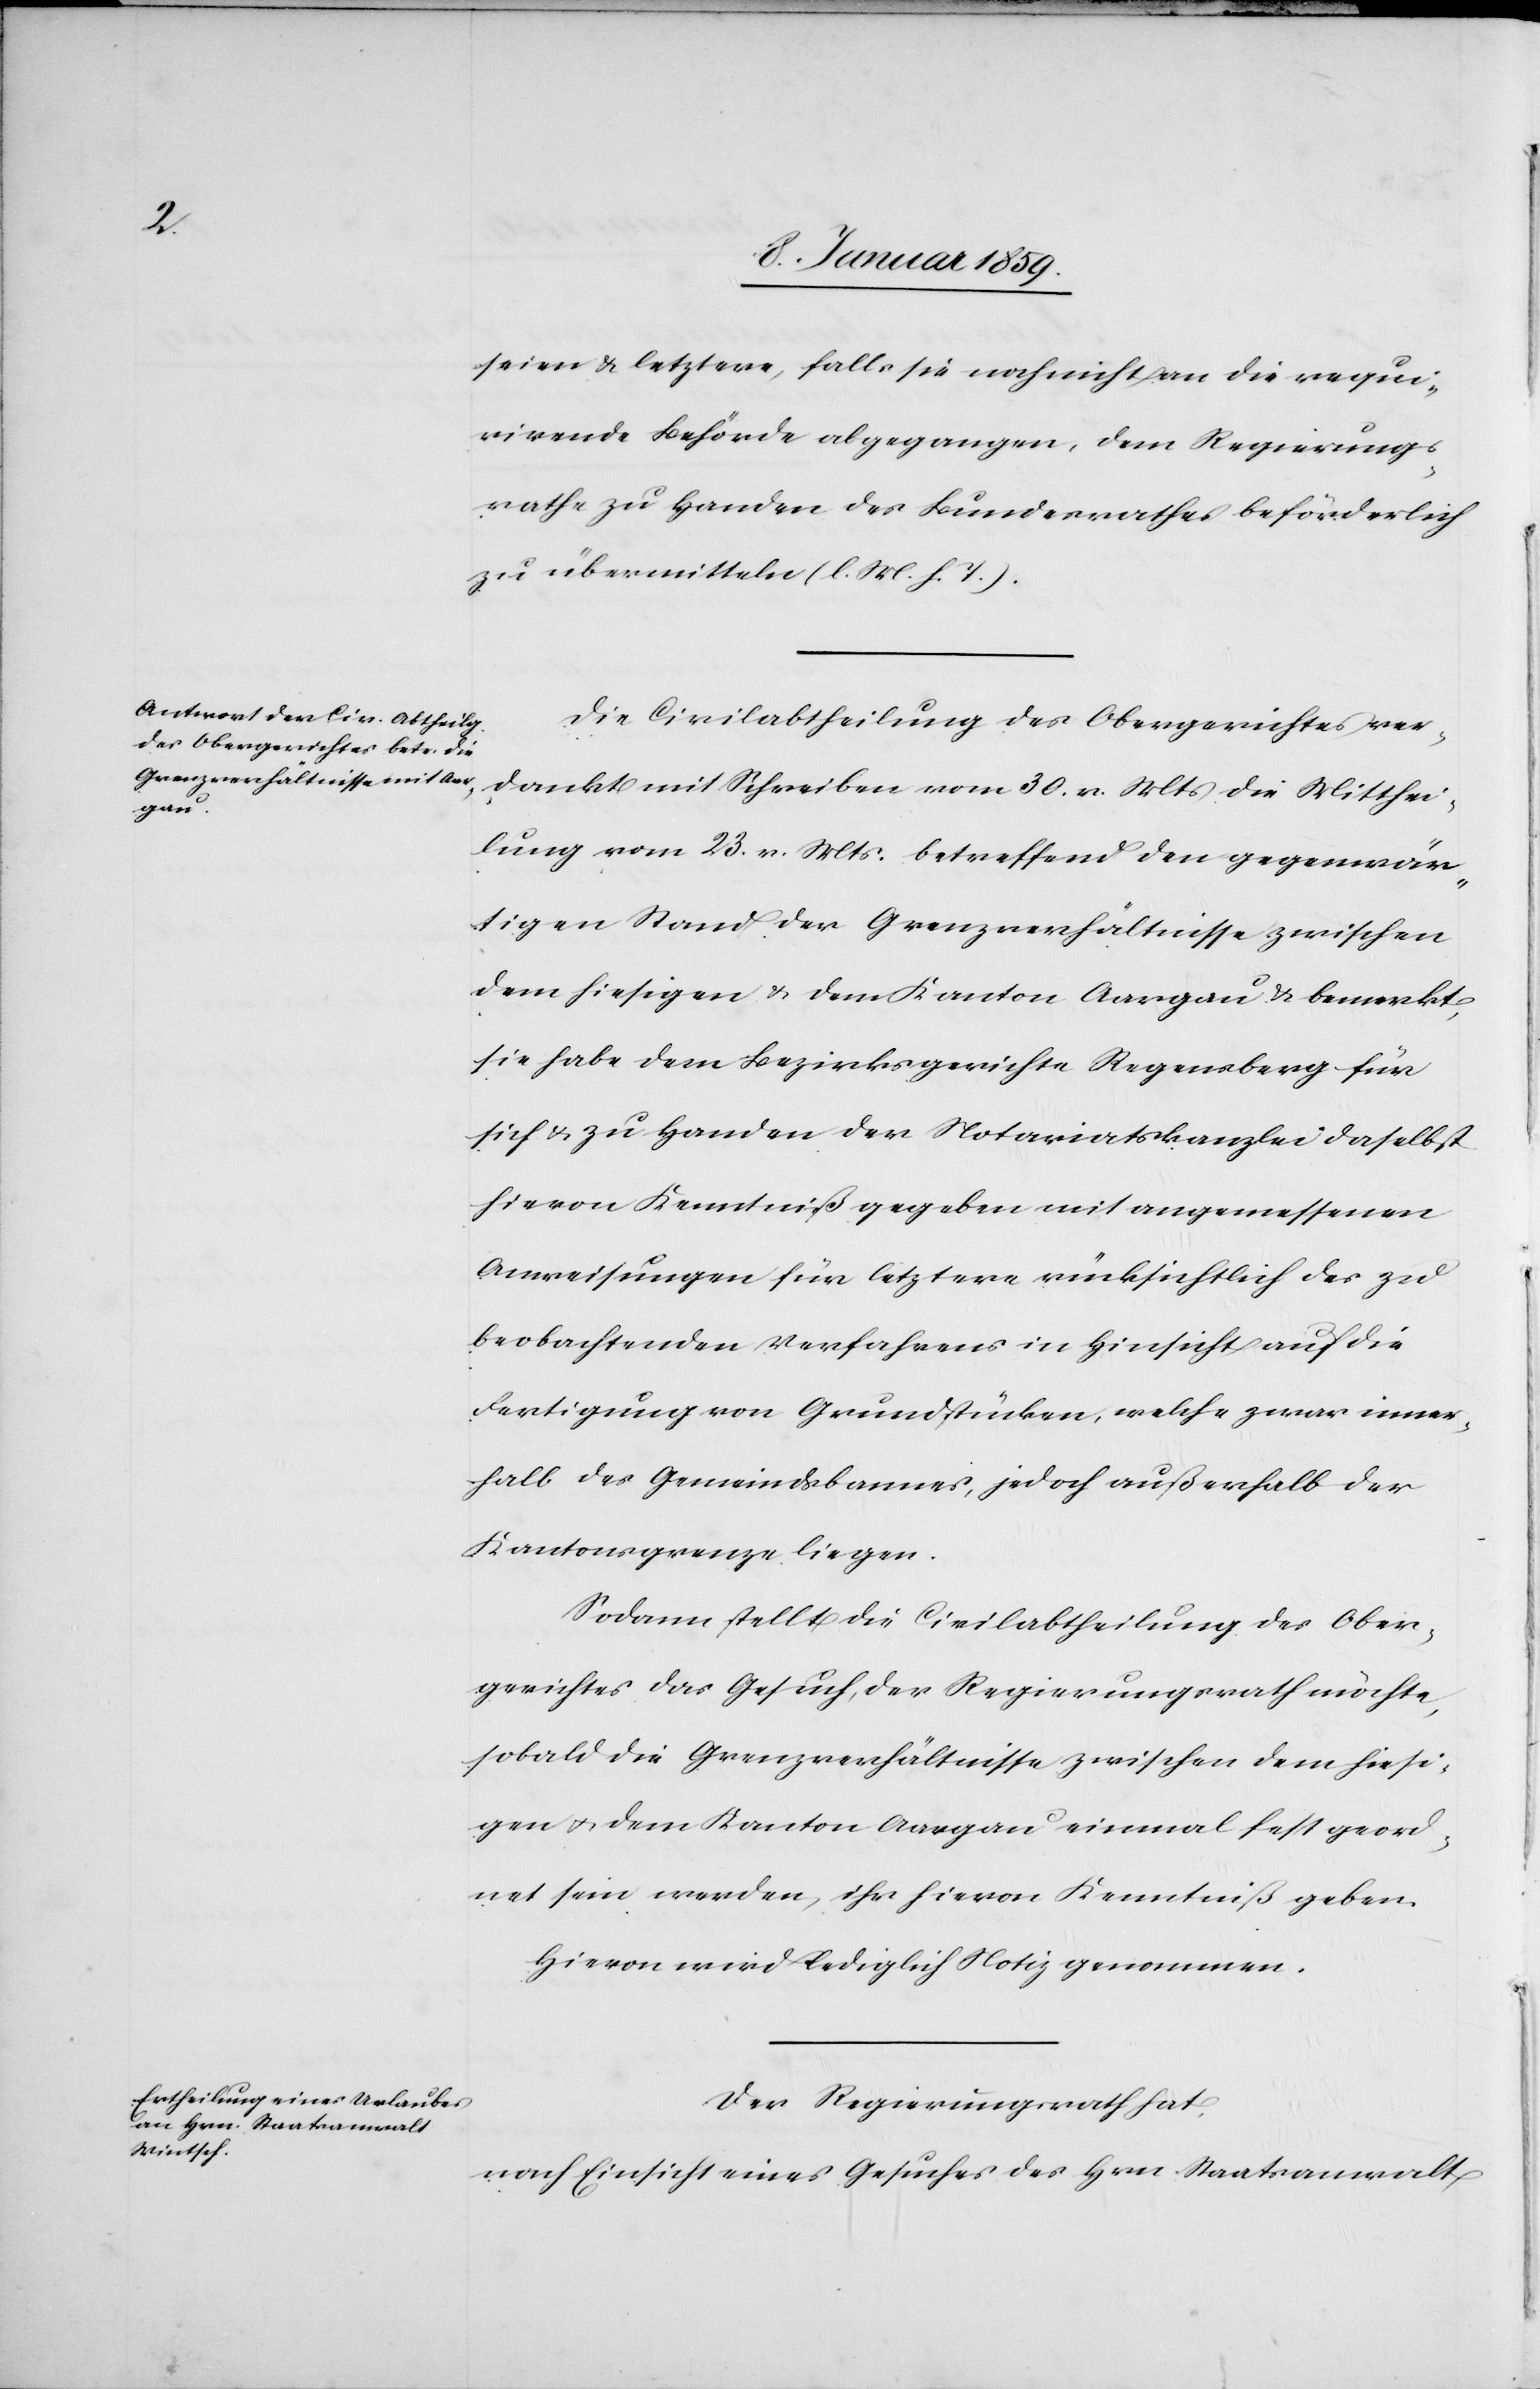
seien u. letztere, falls sie noch nicht an die requi¬
rirende Behörde abgegangen, dem Regierungs¬
rathe zu Handen des Bundesrathes beförderlich
zu übermitteln (l. M. h. T.).
Die Civilabtheilung des Obergerichtes ver¬
dankt mit Schreiben vom 30. v. Mts. die Mitthei¬
lung vom 23. v. Mts. betreffend den gegenwär¬
tigen Stand der Grenzverhältnisse zwischen
dem hiesigen u. dem Kanton Aargau u. bemerkt,
sie habe dem Bezirksgerichte Regensberg für
sich u. zu Handen der Notariatskanzlei daselbst
hievon Kenntniß gegeben mit angemessenen
Anweisungen für letztere rücksichtlich des zu
beobachtenden Verfahrens in Hinsicht auf die
Fertigung von Grundstücken, welche zwar inner¬
halb des Gemeindsbannes, jedoch außerhalb der
Kantonsgrenze liegen.
Sodann stellt die Civilabtheilung des Ober¬
gerichtes das Gesuch, der Regierungsrath möchte,
sobald die Grenzverhältnisse zwischen dem hiesi¬
gen u. dem Kanton Aargau einmal fest geord¬
net sein werden, ihr hievon Kenntniß geben.
Hievon wird lediglich Notiz genommen.
Der Regierungsrath hat,
nach Einsicht eines Gesuches des Hrn Staatsanwalt